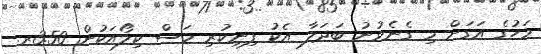
މަހުގެ އަގަށް މި ގެނެވުނު ބަދަލާ އެކު ފިނިކުރި މަސް ކިލޯއަކުން 3.50ރ.